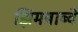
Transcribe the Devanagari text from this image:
झिंमबाब्वे